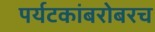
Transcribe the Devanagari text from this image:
पर्यटकांबरोबरच